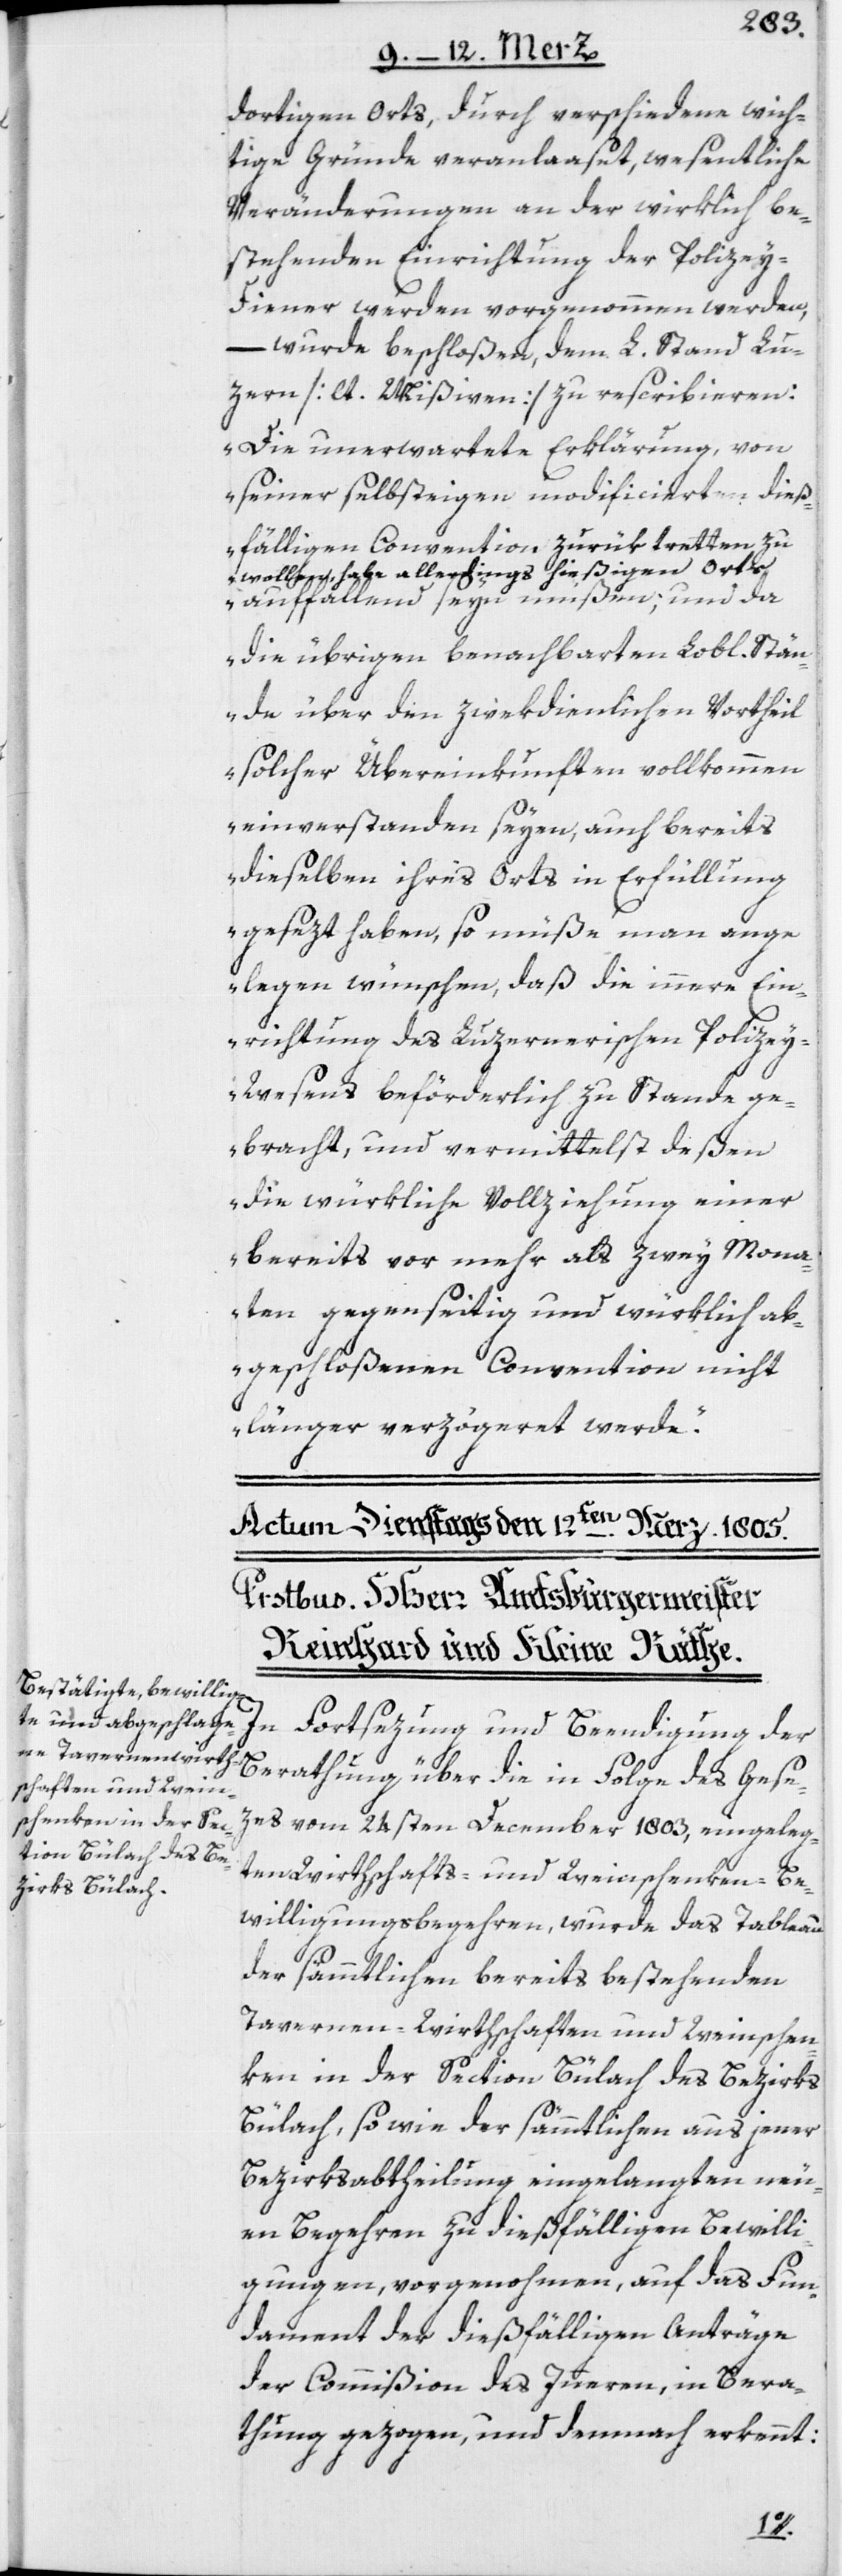
dortigen Orts, durch verschiedene wich¬
tige Gründe veranlaaset, wesentliche
Veränderungen an der wirklich be¬
stehenden Einrichtung der Polizey-D¬
iener werden vorgenommen werden,
– wurde beschloßen, dem L. Stand Lu¬
zern [lt. Mißiven] zu rescribieren:
„Die unerwartete Erklärung, von
seiner selbsteigen modificierten, dieß¬
fälligen Convention zurüktretten zu
wollen, habe allerdings hießigen Orts
auffallend seyn müßen; und da
die übrigen benachbarten Lobl. Stän¬
de über den zwekdienlichen Vortheil
solcher Übereinkunften vollkommen
einverstanden seyen, auch bereits
dieselben ihres Orts in Erfüllung
gesezt haben, so müße man ange¬
legen wünschen, daß die innere Ein¬
richtung des Luzernerischen Polize¬
y-Wesens beförderlich zu Stande ge¬
bracht, und vermittelst deßen
die würkliche Vollziehung einer
bereits vor mehr als zwey Mona¬
ten gegenseitig und würklich ab¬
geschloßenen Convention nicht
länger verzögeret werde.“
In Fortsezung und Beendigung der
Berathung über die in Folge des Gese¬
zes vom 24sten December 1803, eingeleg¬
ten Wirthschafts- und Weinschenken-Be¬
willigungsbegehren, wurde das Tableau
der sämmtlichen bereits bestehenden
Tavernen-Wirthschaften und Weinschen¬
ken in der Section Bülach des Bezirks
Bülach, so wie der sämmtlichen aus jener
Bezirksabtheilung eingelangten neu¬
en Begehren zu dießfälligen Bewilli¬
gungen, vorgenohmen, auf das Fun¬
dament der dießfälligen Anträge
der Commißion des Inneren, in Bera¬
thung gezogen, und demnach erkennt: